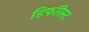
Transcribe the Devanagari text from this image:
डिफॉरेस्ट